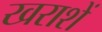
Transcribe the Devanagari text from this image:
खराशें